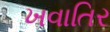
ખવાતિર